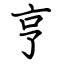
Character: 亨